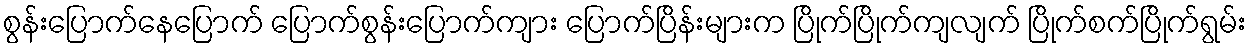
စွန်းပြောက်နေပြောက် ပြောက်စွန်းပြောက်ကျား ပြောက်ပြိန်းများက ပြိုက်ပြိုက်ကျလျက် ပြိုက်စက်ပြိုက်ရွမ်း